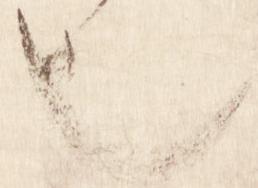
也